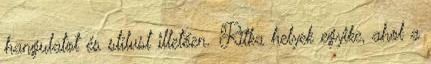
hangulatot és stílust illetően. Ritka helyek egyike, ahol a